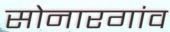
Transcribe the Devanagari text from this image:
सोनारगांव